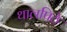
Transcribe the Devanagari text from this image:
थालपिठे